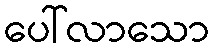
ပေါ်လာသော